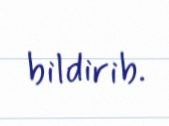
bildirib.